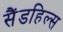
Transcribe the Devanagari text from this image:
सैंडहिल्स